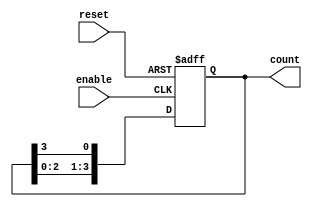
module async_ring_counter #(parameter N = 4) (
    input wire reset,            // Asynchronous reset signal
    input wire enable,           // Enable signal for counting
    output reg [N-1:0] count     // Output count state
);

// Initialize the counter to have the first flip-flop set to 1
initial begin
    count = 1; // Start with the least significant bit as '1'
end

// Always block for handling state transitions
always @(posedge enable or posedge reset) begin
    if (reset) begin
        count <= {N{1'b0}}; // Reset all flip-flops to '0'
    end else begin
        // Shift the '1' to the left (circular shift)
        count <= {count[N-2:0], count[N-1]};
    end
end

endmodule